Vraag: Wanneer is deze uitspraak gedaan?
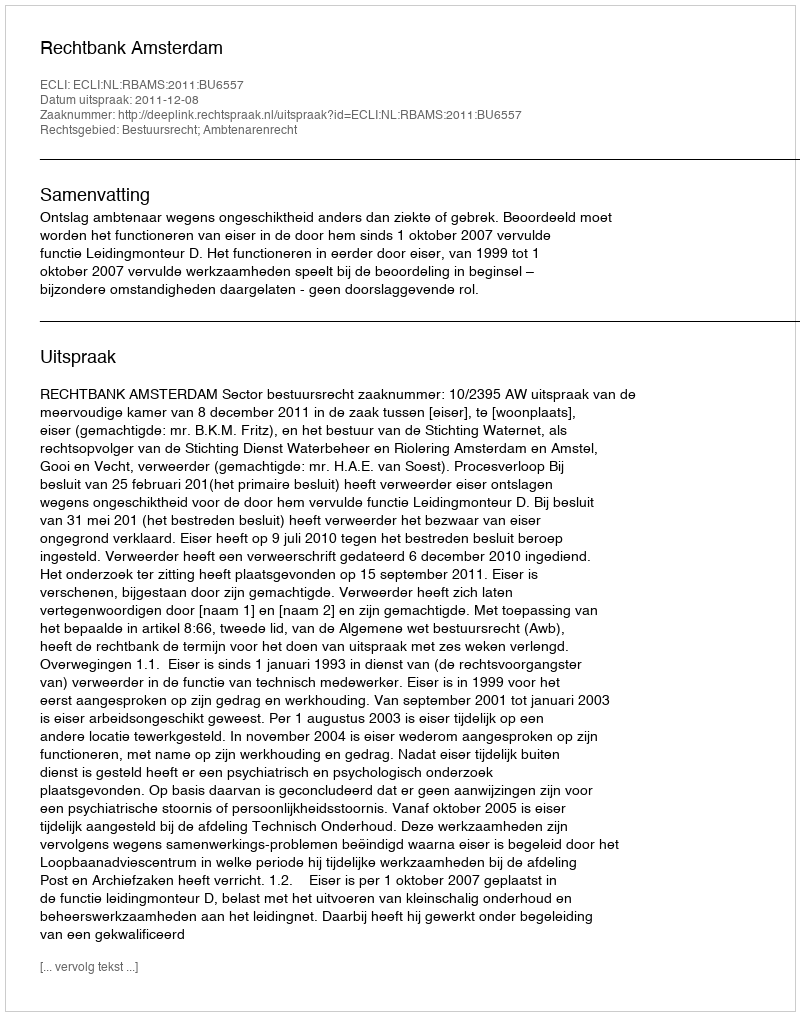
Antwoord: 2011-12-08